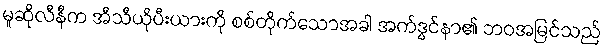
မူဆိုလီနီက အီသီယိုပီးယားကို စစ်တိုက်သောအခါ အက်ဒွင်နာ၏ ဘဝအမြင်သည်